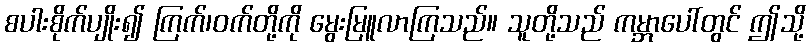
စပါးစိုက်ပျိုး၍ ကြက်၊ဝက်တို့ကို မွေးမြူလာကြသည်။ သူတို့သည် ကမ္ဘာပေါ်တွင် ဤသို့